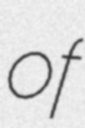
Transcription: of